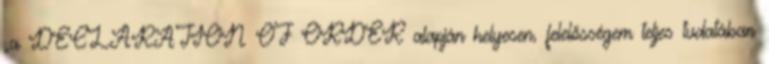
„a DECLARATION OF ORDER alapján helyesen, felelősségem teljes tudatában